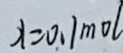
x = 0 . 1 m o l